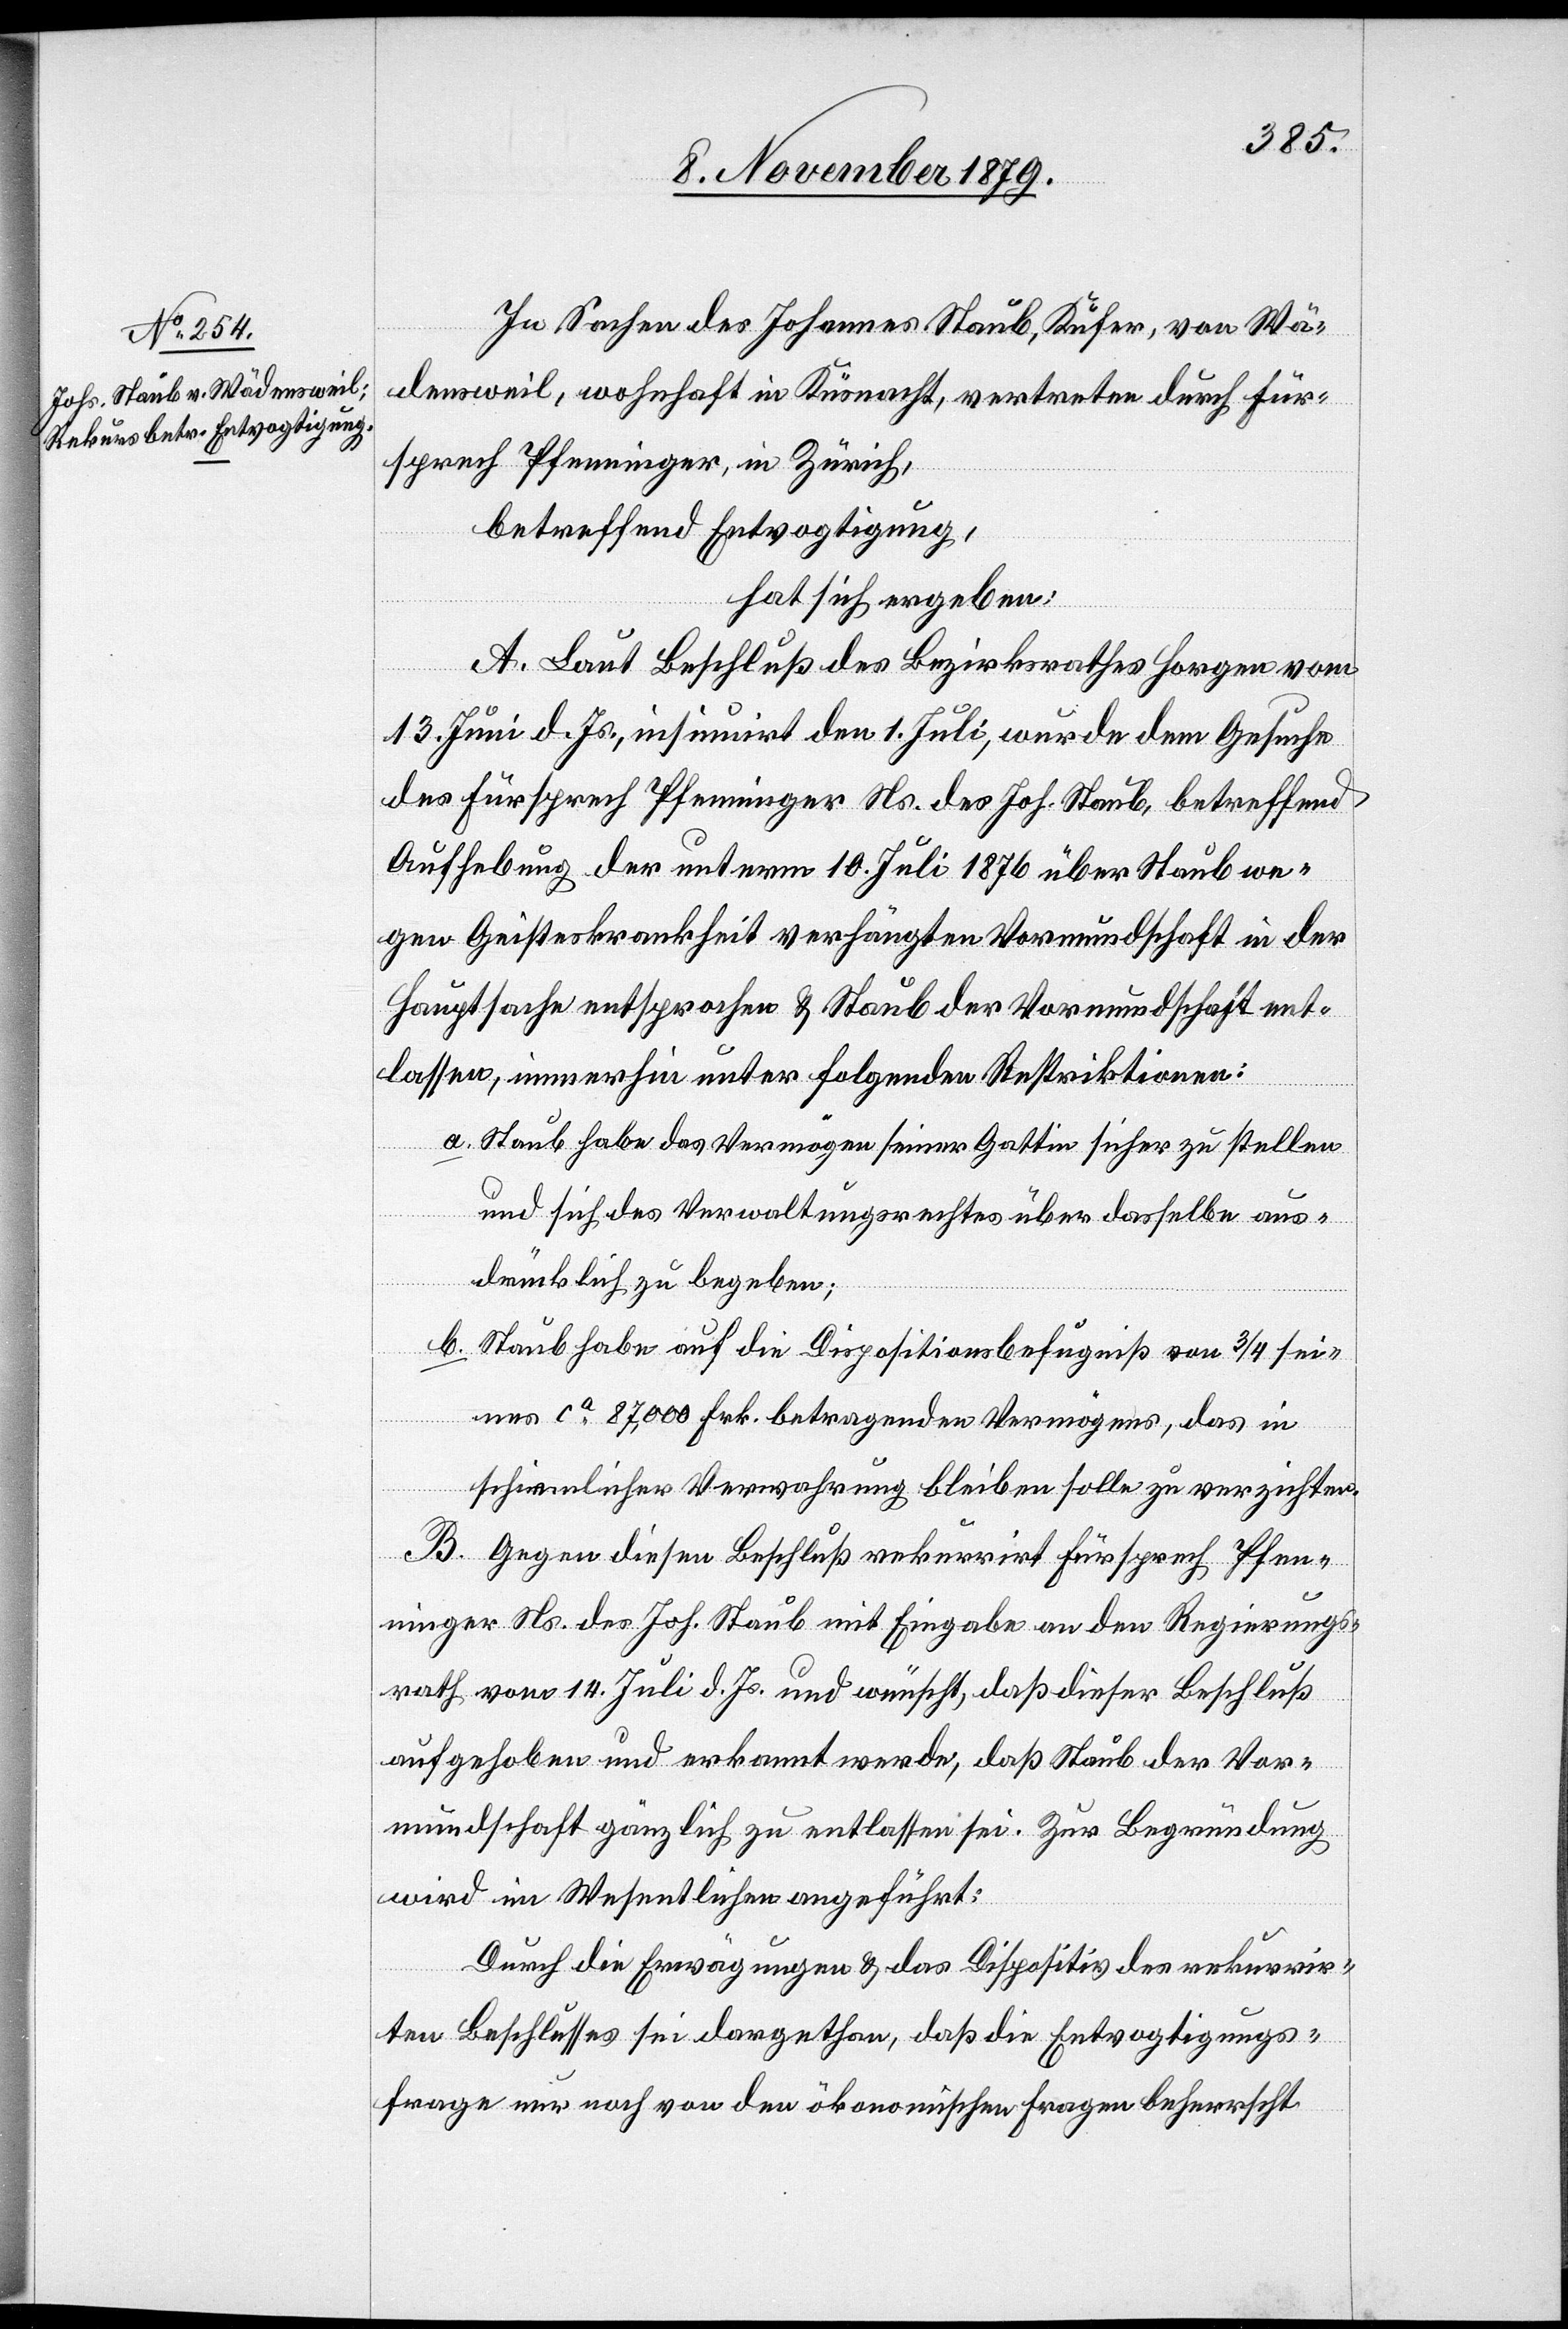
In Sachen des Johannes Staub, Küfer, von Wä¬
densweil, wohnhaft in Küsnacht, vertreten durch Für¬
sprech Pfenninger, in Zürich,
betreffend Entvogtigung,
hat sich ergeben:
A. Laut Beschluß des Bezirksrathes Horgen vom
13. Juni d. Js, insinuirt den 1. Juli, wurde dem Gesuch
des Fürsprech Pfenninger Ns. des Joh. Staub, betreffend
Aufhebung der unterm 10. Juli 1876 über Staub we¬
gen Geisteskrankheit verhängten Vormundschaft in der
Hauptsache entsprochen & Staub der Vormundschaft ent¬
lassen, immerhin unter folgenden Restriktionen:
a. Staub habe das Vermögen seiner Gattin sicher zu stellen
und sich des Verwaltungsrechtes über dasselbe aus¬
drücklich zu begeben;
b. Staub habe auf die Dispositionsbefugniß von 3/4 sei¬
nes ca 87,000 Frk. betragenden Vermögens, das in
schirmlicher Verwahrung bleiben solle zu verzichten.
B. Gegen diesen Beschluß rekurrirt Fürsprech Pfen¬
ninger Ns. des Joh. Staub mit Eingabe an den Regierungs¬
rath vom 14. Juli d. Js. und wünscht, daß dieser Beschluß
aufgehoben und erkannt werde, daß Staub der Vor¬
mundschaft gänzlich zu entlassen sei. Zur Begründung
wird im Wesentlichen angeführt:
Durch die Erwägungen & das Dispositiv des rekurrir¬
ten Beschlusses sei dargethan, daß die Entvogtigungs¬
frage nur noch von den ökonomischen Fragen beherrscht